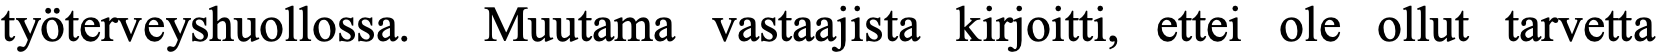
työterveyshuollossa. Muutama vastaajista kirjoitti, ettei ole ollut tarvetta